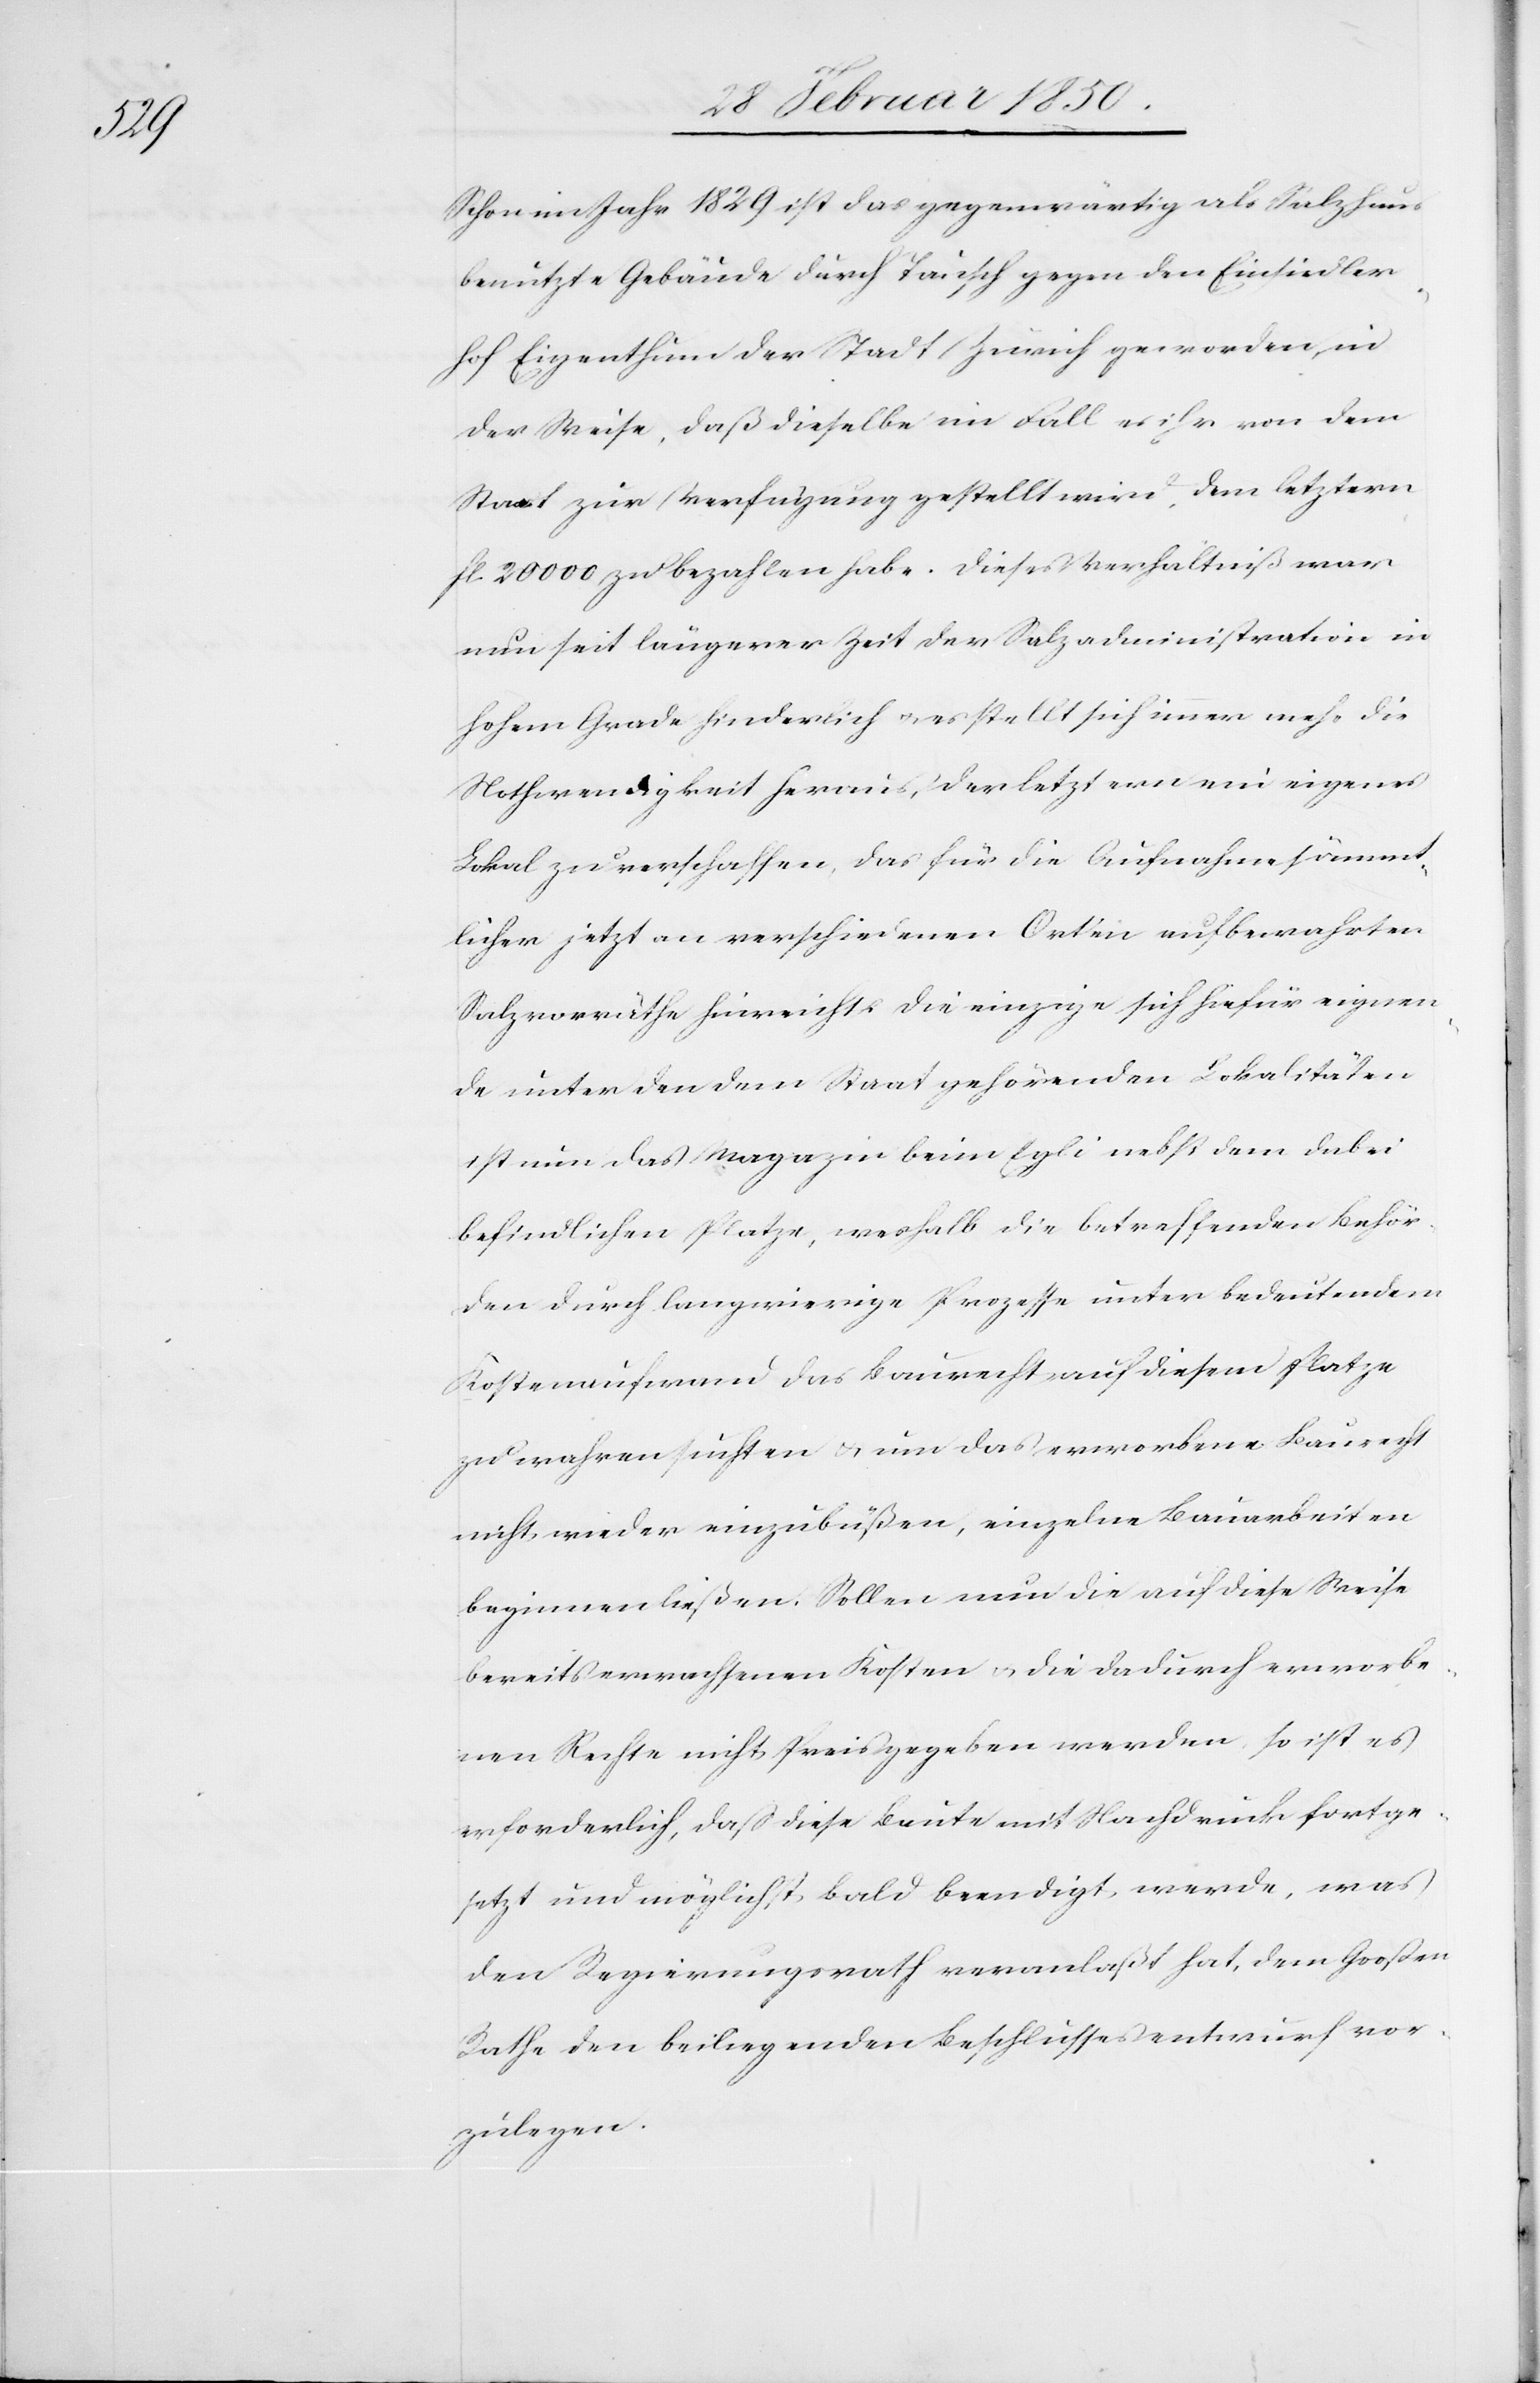
Schon im Jahr 1829 ist das gegenwärtig als Salzhaus
benutzte Gebäude durch Tausch gegen den Einsiedler¬
hof Eigenthum der Stadt Zürich geworden, in
der Weise, daß dieselbe im Fall es ihr von dem
Staat zur Verfügung gestellt wird, dem letztern
fl. 20000 zu bezahlen habe. Dieses Verhältniß war
nun seit längerer Zeit der Salzadministration in
hohem Grade hinderlich u. es stellt sich immer mehr die
Nothwendigkeit heraus, der letztern ein eigenes
Lokal zu verschaffen, das für die Aufnahme sämmt¬
licher jetzt an verschiedenen Orten aufbewahrten
Salzvorräthe hinreicht. Die einzige sich hiefür eignen¬
de unter den dem Staat gehörenden Lokalitäten
ist nun das Magazin beim Egli nebst dem dabei
befindlichen Platze, weshalb die betreffenden Behör¬
den durch langwierige Prozesse unter bedeutendem
Kostenaufwand das Baurecht auf diesem Platze
zu wahren suchten u. um das erworbene Baurecht
nicht wieder einzubüßen, einzelne Bauarbeiten
beginnen ließen. Sollen nun die auf diese Weise
bereits erwachsenen Kosten u. die dadurch erworbe¬
nen Rechte nicht Preis gegeben werden, so ist es
erforderlich, daß diese Baute mit Nachdruck fortge¬
setzt und möglichst bald beendigt werde, was
den Regierungsrath veranlaßt hat, dem Großen
Rathe den beiliegenden Beschlussesentwurf vor¬
zulegen.